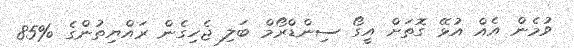
ވުމެން އެއް އުޅޭ ގޮތަށް އީގޯ ސިންޑްރޯމް ބަލި ޖެހިގެން ރައްޔިތުންގެ %85